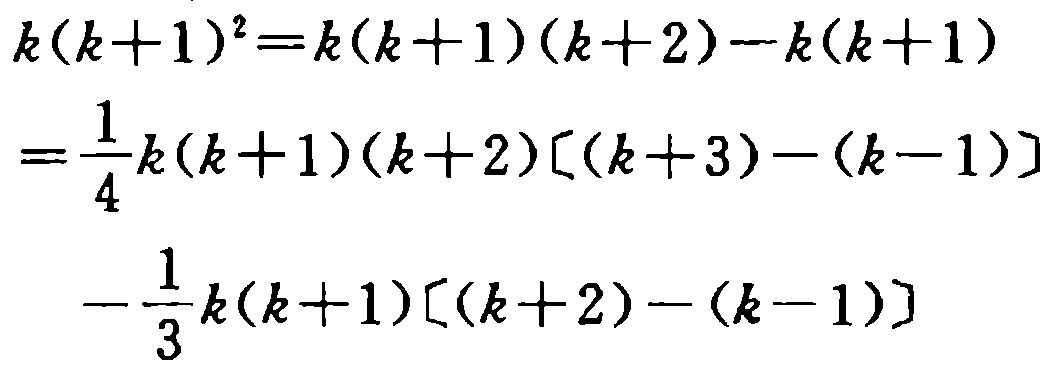
\[

\begin{align*}

k(k + 1)^2&=k(k + 1)(k + 2)-k(k + 1)\\

&=\frac{1}{4}k(k + 1)(k + 2)[(k + 3)-(k - 1)]\\

&\quad-\frac{1}{3}k(k + 1)[(k + 2)-(k - 1)]

\end{align*}

\]